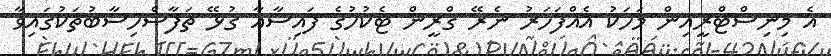
އެ މިނިސްޓްރީއިން މަހަކު އެއްފަހަރު ނެރޭ ގްރީން ޓެކުހުގެ ފައިސާއާ ގުޅޭ ތަފާސްހިސާބުތަކުގައިވާ